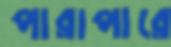
পারাপারে